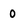
Character: 0